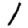
Digit: 1